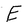
Character: E